Lunatic asylums Punjab 1868-1880 - 1868-1880
Year: 1868
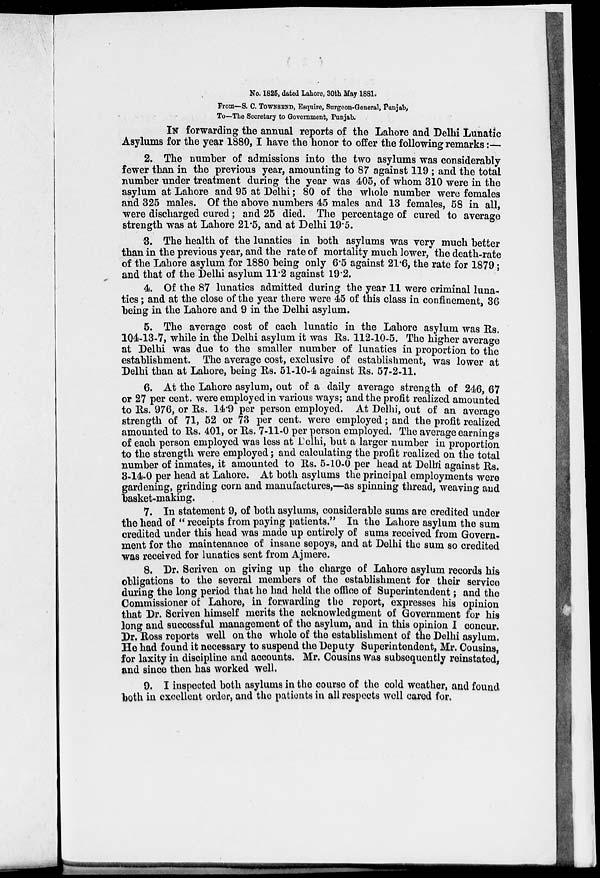
No. 1825, dated Lahore, 30th May 1881.
From—S. C. TOWNSEND, Esquire, Surgeon-General, Punjab,
To—The Secretary to Government, Punjab.
IN forwarding the annual reports of the Lahore and Delhi Lunatic
Asylums for the year 1880,I have the honor to offer the following remarks :—
2. The number of admissions into the two asylums was considerably
fewer than in the previous year, amounting to 87 against 119; and the total
number under treatment during the year was 405, of whom 310 were in the
asylum at Lahore and 95 at Delhi; 80 of the whole number were females
and 325 males. Of the above numbers 45 males and 13 females, 58 in all,
were discharged cured; and 25 died. The percentage of cured to average
strength was at Lahore 21.5, and at Delhi 19.5.
3. The health of the lunatics in both asylums was very much better
than in the previous year, and the rate of mortality much lower, the death-rate
of the Lahore asylum for 1880 being only 6.5 against 21.6, the rate for 1879;
and that of the Delhi asylum 11.2 against 19.2.
4. Of the 87 lunatics admitted during the year 11 were criminal luna-
tics ; and at the close of the year there were 45 of this class in confinement, 36
being in the Lahore and 9 in the Delhi asylum.
5. The average cost of each lunatic in the Lahore asylum was Rs.
104-13-7, while in the Delhi asylum it was Rs. 112-10-5. The higher average
at Delhi was due to the smaller number of lunatics in proportion to the
establishment. The average cost, exclusive of establishment, was lower at
Delhi than at Lahore, being Rs. 51-10-4 against Rs. 57-2-11.
6. At the Lahore asylum, out of a daily average strength of 246, 67
or 27 per cent. were employed in various ways; and the profit realized amounted
to Rs. 976, or Rs. 14.9 per person employed. At Delhi, out of an average
strength of 71, 52 or 73 per cent. were employed; and the profit realized
amounted to Rs. 401, or Rs. 7-11-0 per person employed. The average earnings
of each person employed was less at Delhi, but a larger number in proportion
to the strength were employed; and calculating the profit realized on the total
number of inmates, it amounted to Rs. 5-10-0 per head at Delhi against Rs.
3-14-0 per head at Lahore. At both asylums the principal employments were
gardening, grinding corn and manufactures,—as spinning thread, weaving and
basket-making.
7. In statement 9, of both asylums, considerable sums are credited under
the head of " receipts from paying patients." In the Lahore asylum the sum
credited under this head was made up entirely of sums received from Govern-
ment for the maintenance of insane sepoys, and at Delhi the sum so credited
was received for lunatics sent from Ajmere.
8. Dr. Scriven on giving up the charge of Lahore asylum records his
obligations to the several members of the establishment for their service
during the long period that he had held the office of Superintendent; and the
Commissioner of Lahore, in forwarding the report, expresses his opinion
that Dr. Scriven himself merits the acknowledgment of Government for his
long and successful management of the asylum, and in this opinion I concur.
Dr. Ross reports well on the whole of the establishment of the Delhi asylum.
He had found it necessary to suspend the Deputy Superintendent, Mr. Cousins,
for laxity in discipline and accounts. Mr. Cousins was subsequently reinstated,
and since then has worked well.
9. I inspected both asylums in the course of the cold weather, and found
both in excellent order, and the patients in all respects well cared for.